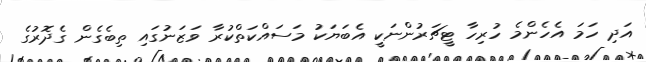
އަދި ހަމަ އެހެންމެ ހުރިހާ ޓީޗަރުންނަކީ އެބަޔަކު މަސައްކަތްކުރާ ވަޒަނުގައި ތިބެގެން ގެދޮރުގެ